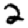
Digit: 2